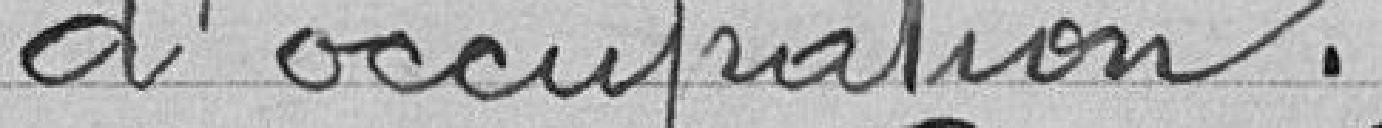
d'occupation.